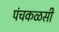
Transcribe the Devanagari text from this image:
पंचकळसी